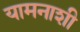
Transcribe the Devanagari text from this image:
यामनाशी